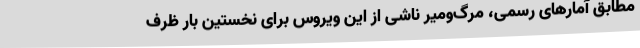
مطابق آمارهای رسمی، مرگ‌ومیر ناشی از این ویروس برای نخستین بار ظرف